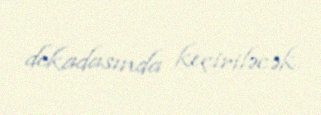
dekadasında keçiriləcək.